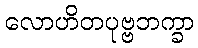
လောဟိတပုဗ္ဗဘက္ခာ